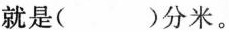
就是()分米。